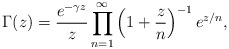
\begin{align*} \Gamma(z)=\frac{e^{-\gamma z}}{z} \prod_{n=1}^{\infty}\left(1+\frac{z}{n}\right)^{-1}e^{z/n}, \end{align*}